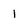
Character: 1